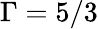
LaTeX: \Gamma=5/3